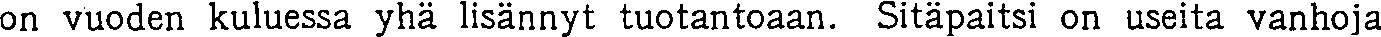
on vuoden kuluessa yhä lisännyt tuotantoaan. Sitäpaitsi on useita vanhoja